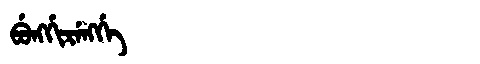
Manchu: ᠪᡠᠩᡤᡳᡵᡝᠩᡤᡝ
Romanization: BUNGGIRENGGE